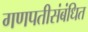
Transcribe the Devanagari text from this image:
गणपतीसंबंधित